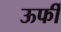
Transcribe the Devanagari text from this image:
ऊर्फी